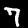
Label: 7